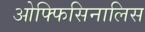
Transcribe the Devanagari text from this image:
ओफ्फिसिनालिस